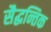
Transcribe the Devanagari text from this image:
सैद्धन्तिक